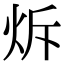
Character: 𤇚